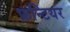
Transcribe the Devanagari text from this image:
फ्रन्टियर